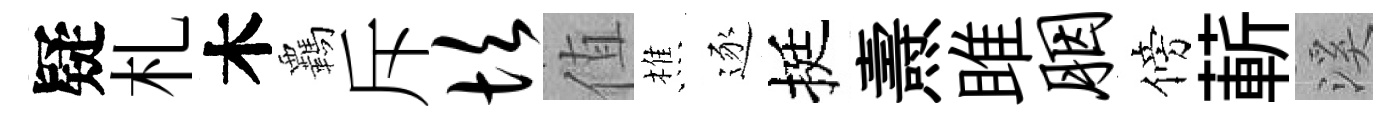
疑札木覊斥坎值樵逐挺燾雎胭傍蔪溪